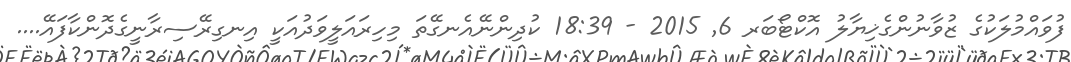
ފުވައްމުލަކުގެ ޒުވާނުންގެޚިޔާލު އޮކްޓޯބަރ 6